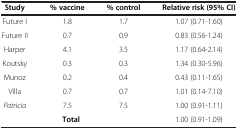
<table><thead><tr><td><b>Study</b></td><td><b>% vaccine</b></td><td><b>% control</b></td><td><b>Relative risk (95% CI)</b></td></tr></thead><tbody><tr><td>Future I</td><td>1.8</td><td>1.7</td><td>1.07 (0.71-1.60)</td></tr><tr><td>Future II</td><td>0.7</td><td>0.9</td><td>0.83 (0.56-1.24)</td></tr><tr><td>Harper</td><td>4.1</td><td>3.5</td><td>1.17 (0.64-2.14)</td></tr><tr><td>Koutsky</td><td>0.3</td><td>0.3</td><td>1.34 (0.30-5.96)</td></tr><tr><td>Munoz</td><td>0.2</td><td>0.4</td><td>0.43 (0.11-1.65)</td></tr><tr><td>Villa</td><td>0.7</td><td>0.7</td><td>1.01 (0.14-7.10)</td></tr><tr><td><i>Patricia</i></td><td>7.5</td><td>7.5</td><td>1.00 (0.91-1.11)</td></tr><tr><td colspan="3"><b>Total</b></td><td>1.00 (0.91-1.09)</td></tr></tbody></table>